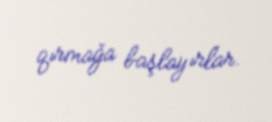
qırmağa başlayırlar.